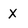
Character: X